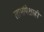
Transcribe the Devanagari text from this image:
लाभांपेक्षाही